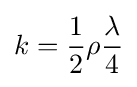
k={\frac {1}{2}}\rho {\frac {\lambda }{4}}